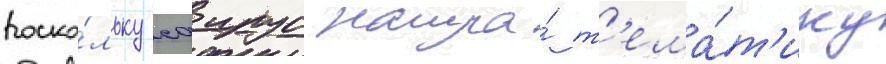
поско́льку саирус нашла́ т'ема́т'ику